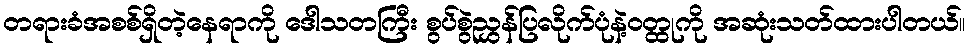
တရားခံအစစ်ရှိတဲ့နေရာကို ဒေါသတကြီး စွပ်စွဲညွှန်ပြလိုက်ပုံနဲ့ဝတ္ထုကို အဆုံးသတ်ထားပါတယ်။